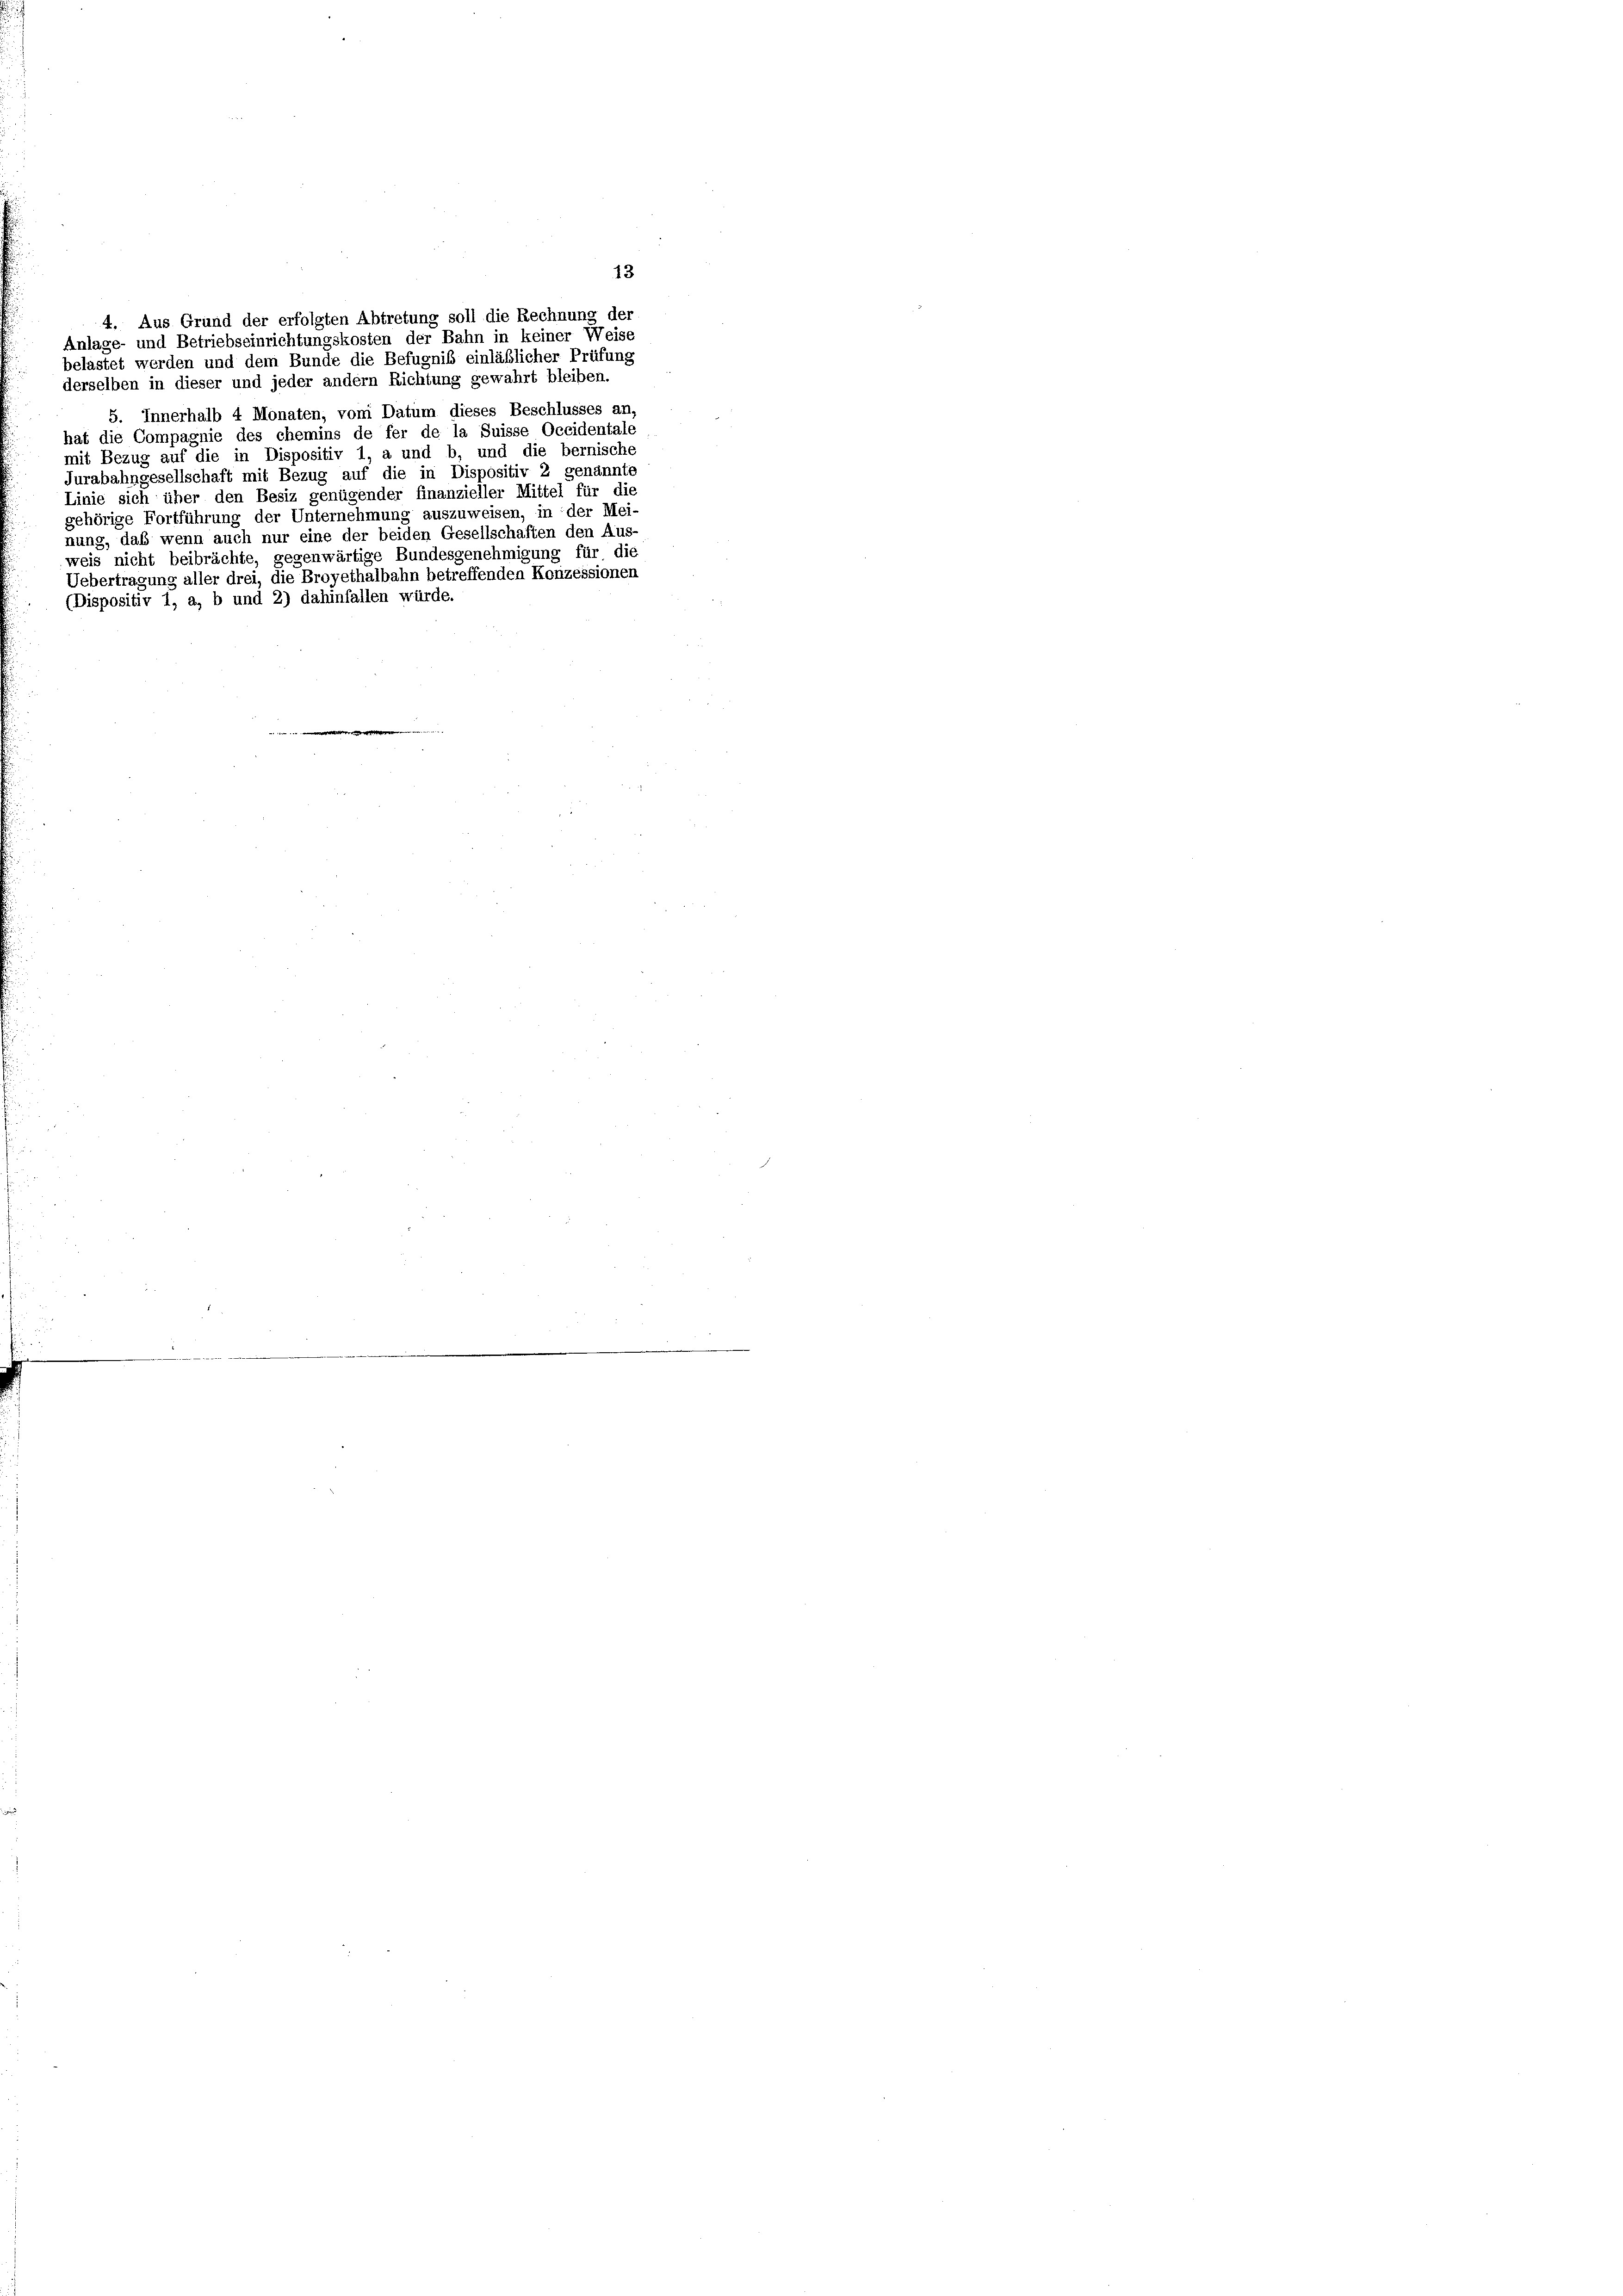
4. Aus Grund der erfolgten Abtretung soll die Rechnung der
Anlage- und Betriebseinrichtungskosten der Bahn in keiner Weise
belastet werden und dem Bunde die Befugnis einläßlicher Prüfung
derselben in dieser und jeder andern Richtung gewahrt bleiben.
5. Innerhalb 4 Monaten, vom Datum dieses Beschlusses an,
hat die Compagnie des chemins de fer de la Suisse Occidentale
mit Bezug auf die in Dispositiv 1, a und b, und die bernische
Jurabahngesellschaft mit Bezug auf die in Dispositiv 2 genannte
Linie sich über den Besiz genügender finanzieller Mittel für die
gehörige Fortführung der Unternehmung auszuweisen, in der Mei-
nung, das wenn auch nur eine der beiden Gesellschaften den Aus-
weis nicht beibrächte, gegenwärtige Bundesgenehmigung für die
Uebertragung aller drei, die Broyethalbahn betreffenden Konzessionen
(Dispositiv 1, a, b und 2) dahinfallen würde.